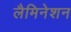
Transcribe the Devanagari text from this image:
लैमिनेशन